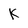
Character: K